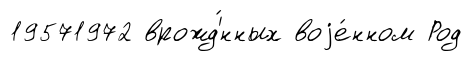
19571972 врожд'́нных воjе́нном Род